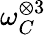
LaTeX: \omega_{C}^{\otimes 3}